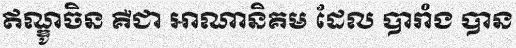
ឥណ្ឌូចិន គឺជា អាណានិគម ដែល បារាំង បាន